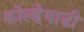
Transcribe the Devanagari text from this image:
कोल्हेवाडी